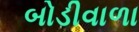
બોડીવાળા